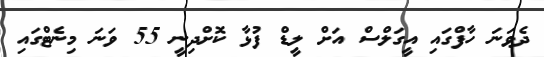
ދެވަނަ ހާފްގައި އީގަލްސް އަށް ލީޑް ފުޅާ ކޮށްދިނީ 55 ވަނަ މިނެޓްގައި